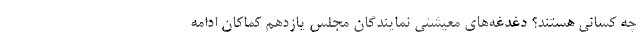
چه کسانی هستند؟ دغدغه‌های معیشتی نمایندگان مجلس یازدهم کماکان ادامه